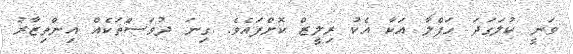
ވަނީ ކުލަގަދަ ހަފްލާ އަކާ އެކު ރިލީޒް ކޮށްފައެވެ. ގިނަ ދުވަސްތަކެއް އިންތިޒާރު